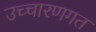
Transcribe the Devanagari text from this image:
उच्‍चारणगत